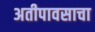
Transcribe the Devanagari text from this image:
अतीपावसाचा